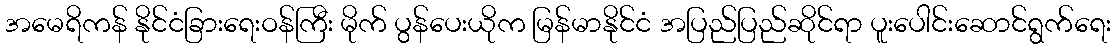
အမေရိကန် နိုင်ငံခြားရေးဝန်ကြီး မိုက် ပွန်ပေးယိုက မြန်မာနိုင်ငံ အပြည်ပြည်ဆိုင်ရာ ပူးပေါင်းဆောင်ရွက်ရေး